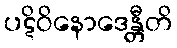
ပဋိဝိနောဒေန္တီတိ